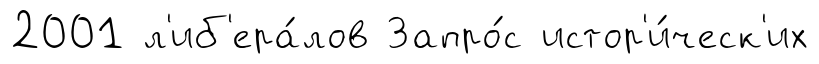
2001 л'иб'ера́лов Запро́с истор'и́ческ'их